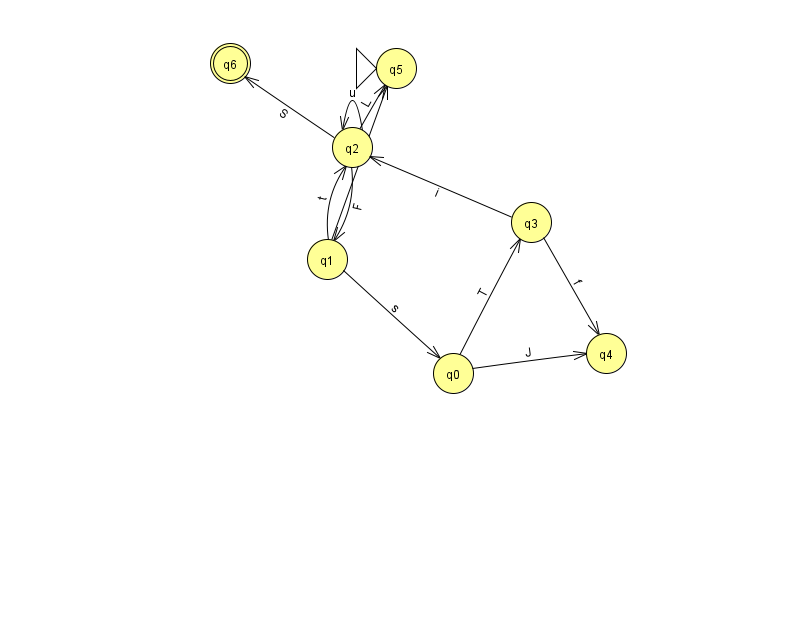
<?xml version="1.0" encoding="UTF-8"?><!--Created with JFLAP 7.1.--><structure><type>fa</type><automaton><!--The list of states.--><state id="0" name="q0"><x>453.0</x><y>360.0</y></state><state id="1" name="q1"><x>327.0</x><y>246.0</y></state><state id="2" name="q2"><x>352.0</x><y>134.0</y></state><state id="3" name="q3"><x>531.0</x><y>209.0</y></state><state id="4" name="q4"><x>606.0</x><y>340.0</y></state><state id="5" name="q5"><x>396.0</x><y>55.0</y><initial/></state><state id="6" name="q6"><x>230.0</x><y>50.0</y><final/></state><!--The list of transitions.--><transition><from>0</from><to>3</to><read>T</read></transition><transition><from>1</from><to>5</to><read>c</read></transition><transition><from>2</from><to>5</to><read>L</read></transition><transition><from>2</from><to>2</to><read>u</read></transition><transition><from>0</from><to>4</to><read>J</read></transition><transition><from>1</from><to>2</to><read>t</read></transition><transition><from>2</from><to>1</to><read>F</read></transition><transition><from>2</from><to>6</to><read>S</read></transition><transition><from>1</from><to>0</to><read>s</read></transition><transition><from>3</from><to>4</to><read>f</read></transition><transition><from>3</from><to>2</to><read>i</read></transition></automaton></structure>